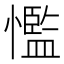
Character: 懢